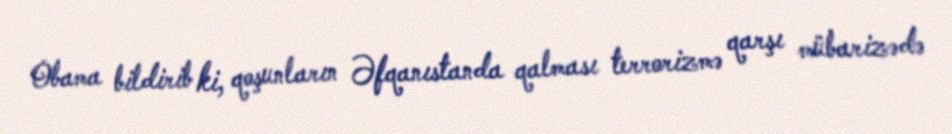
Obama bildirib ki, qoşunların Əfqanıstanda qalması terrorizmə qarşı mübarizədə